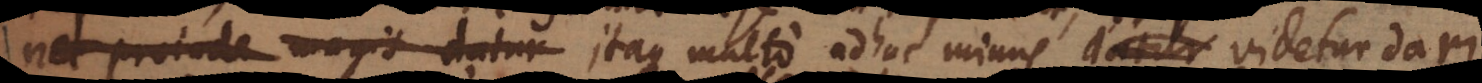
non impediunt, itaque multo adhuc minus datur videtur dari